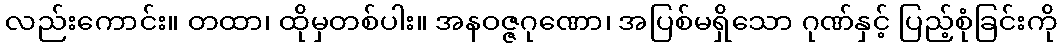
လည်းကောင်း။ တထာ၊ ထိုမှတစ်ပါး။ အနဝဇ္ဇဂုဏော၊ အပြစ်မရှိသော ဂုဏ်နှင့် ပြည့်စုံခြင်းကို